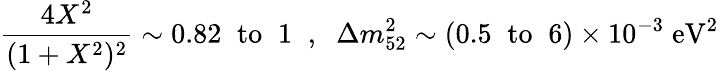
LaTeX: \frac{4X^{2}}{(1+X^{2})^{2}}\sim 0.82\; \; \mathrm{to}\; \; 1\; \; ,\; \; \Delta m_{52}^{2}\sim(0.5\; \; \mathrm{to}\; \; 6)\times 10^{-3}\; \mathrm{eV}^{2}